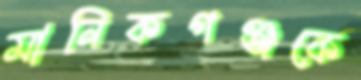
মানিকগঞ্জকে